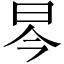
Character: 𱡻